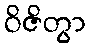
ဝိဇိတွာ